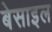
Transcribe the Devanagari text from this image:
बेसाइल